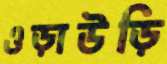
ওড়াউড়ি